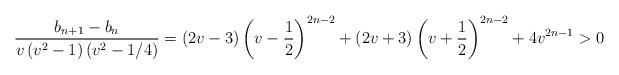
LaTeX: \begin{align*}\frac{b_{n+1}-b_{n}}{v\left( v^{2}-1\right) \left( v^{2}-1/4\right) }=\left(2v-3\right) \left( v-\frac{1}{2}\right) ^{2n-2}+\left( 2v+3\right) \left( v+\frac{1}{2}\right) ^{2n-2}+4v^{2n-1}>0 \end{align*}